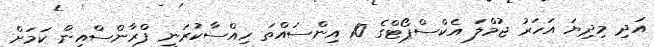
އަދި މިދިޔަ އަހަރު ޖުމްލަ އެކްސްޕޯޓްގެ 10 އިންސައްތަ ހިއްސާކުރަނީ ފްރާންސްއިން ކަމަށް